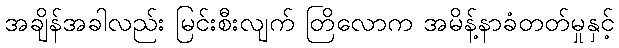
အချိန်အခါလည်း မြင်းစီးလျက် တြိလောက အမိန့်နာခံတတ်မှုနှင့်